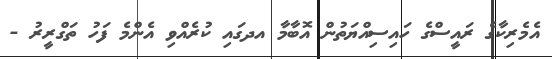
އެމެރިކާގެ ރައީސްގެ ހައިސިއްޔަތުން އޮބާމާ އދގައި ކުރެއްވި އެންމެ ފަހު ތަގްރީރު -